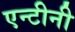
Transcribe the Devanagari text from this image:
एन्टीनी